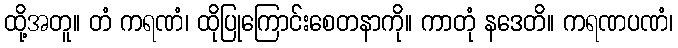
ထို့အတူ။ တံ ကရဏံ၊ ထိုပြုကြောင်းစေတနာကို။ ကာတုံ နဒေတိ။ ကရဏပဏံ၊